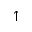
\uparrow